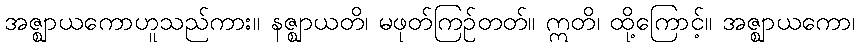
အဇ္ဈာယကောဟူသည်ကား။ နဇ္ဈာယတိ၊ မဖုတ်ကြဉ်တတ်။ ဣတိ၊ ထို့ကြောင့်။ အဇ္ဈာယကော၊